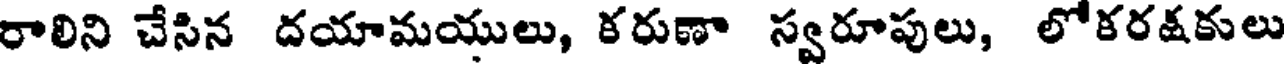
రాలిని చేసిన దయామయులు, కరుణా స్వరూపులు, లోకరకకులు